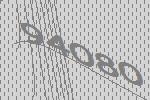
94080